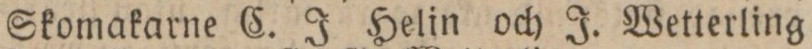
Skomakarne C. J. Helin och J. Wetterling